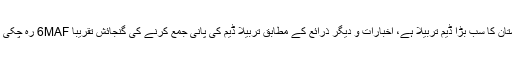
پاکستان کا سب بڑا ڈیم تربیلا ہے، اخبارات و دیگر ذرائع کے مطابق تربیلا ڈیم کی پانی جمع کرنے کی گنجائش تقریباً 6MAF رہ چکی ہے۔